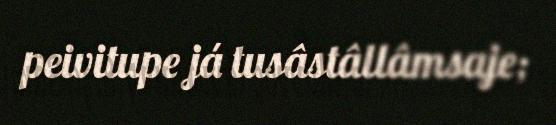
peivitupe já tusâstâllâmsaje;